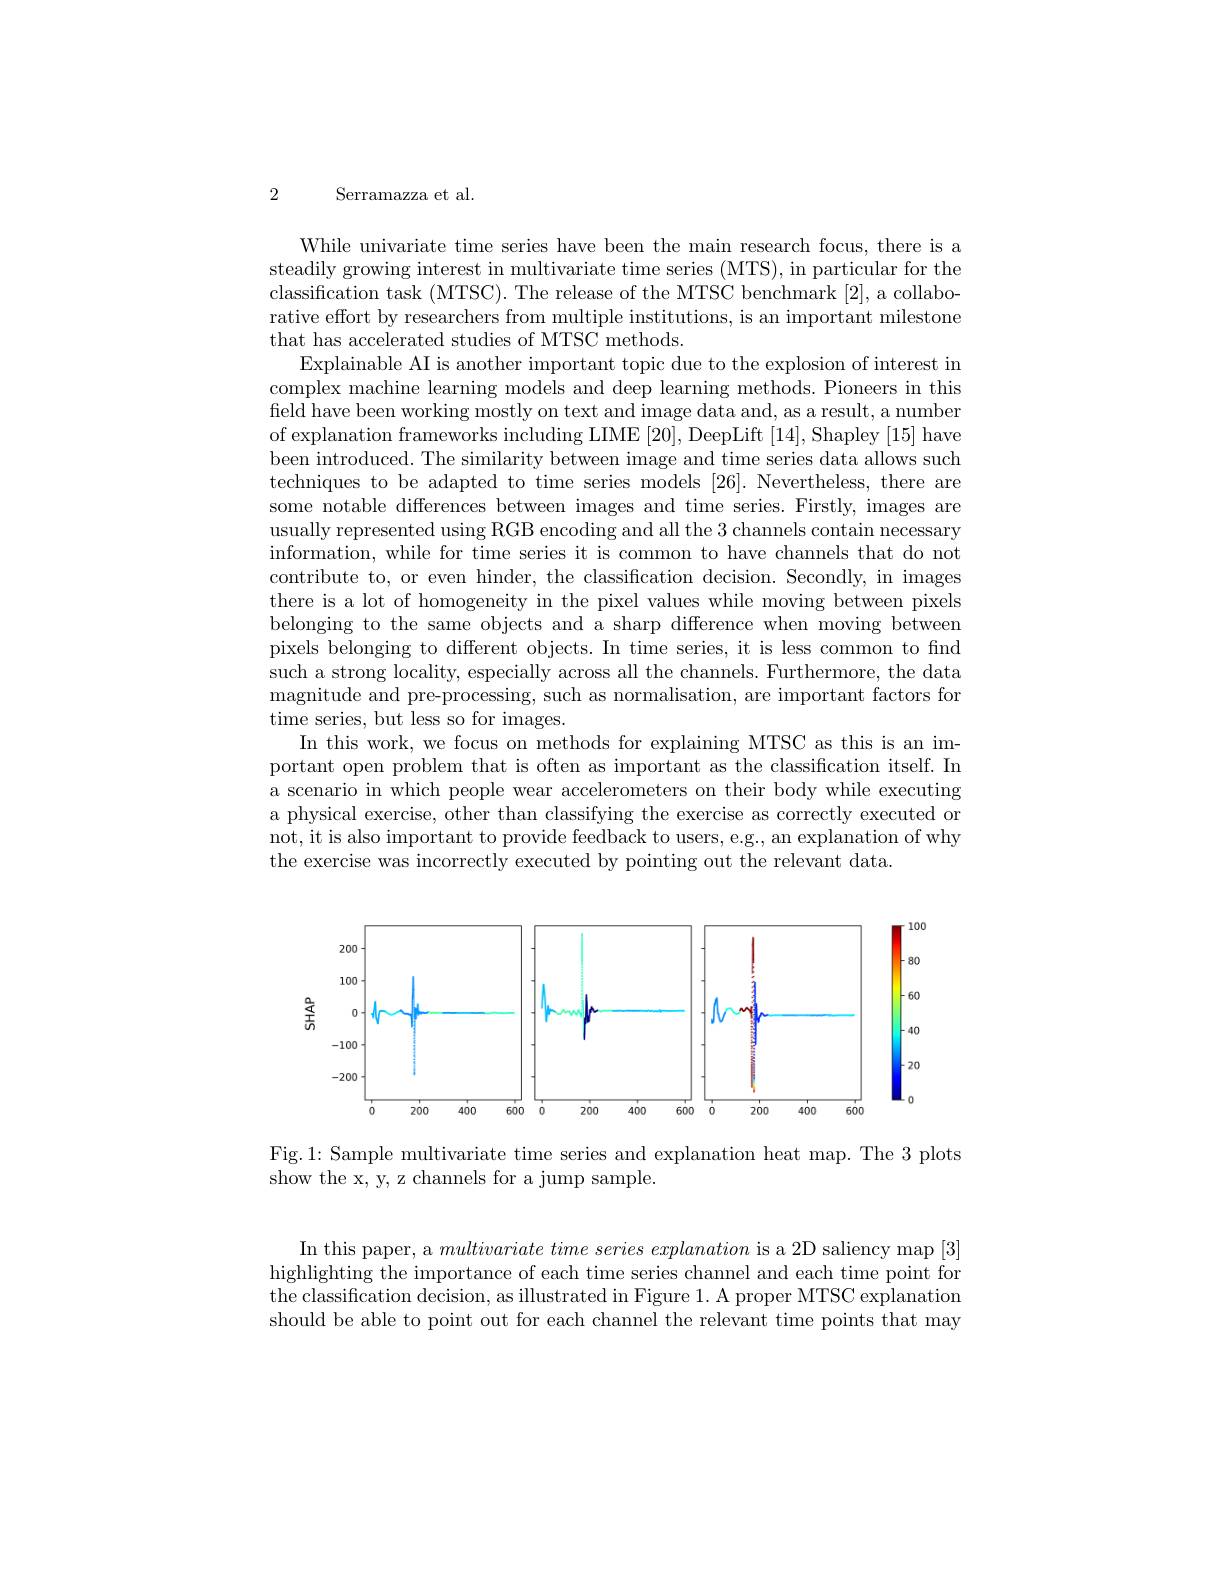
2 Serramazza et al.

While univariate time series have been the main research focus, there is a steadily growing interest in multivariate time series (MTS), in particular for the classification task (MTSC). The release of the MTSC benchmark [2], a collaborative effort by researchers from multiple institutions, is an important milestone that has accelerated studies of MTSC methods.
Explainable AI is another important topic due to the explosion of interest in complex machine learning models and deep learning methods. Pioneers in this field have been working mostly on text and image data and, as a result, a number of explanation frameworks including LIME [20], DeepLift [14], Shapley [15] have been introduced. The similarity between image and time series data allows such techniques to be adapted to time series models [26]. Nevertheless, there are some notable differences between images and time series. Firstly, images are usually represented using RGB encoding and all the 3 channels contain necessary information, while for time series it is common to have channels that do not contribute to, or even hinder, the classification decision. Secondly, in images there is a lot of homogeneity in the pixel values while moving between pixels belonging to the same objects and a sharp difference when moving between pixels belonging to different objects. In time series, it is less common to find such a strong locality, especially across all the channels. Furthermore, the data magnitude and pre-processing, such as normalisation, are important factors for time series, but less so for images.
In this work, we focus on methods for explaining MTSC as this is an important open problem that is often as important as the classification itself. In a scenario in which people wear accelerometers on their body while executing a physical exercise, other than classifying the exercise as correctly executed or not, it is also important to provide feedback to users, e.g., an explanation of why the exercise was incorrectly executed by pointing out the relevant data.

<FigureHere>

Fig.1: Sample multivariate time series and explanation heat map. The 3 plots
show the x, y, z channels for a jump sample.

In this paper, a $multivariate\textit{ time series explanation is a 2D saliency map }[ 3]$ highlighting the importance of each time series channel and each time point for the classification decision, as illustrated in Figure 1. A proper MTSC explanation should be able to point out for each channel the relevant time points that may